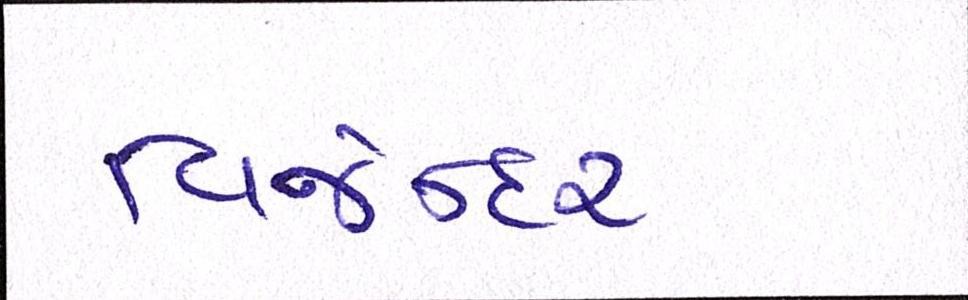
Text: વિજેન્દર